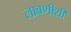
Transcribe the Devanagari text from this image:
लावणीशी